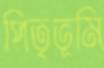
পিতৃভূমি